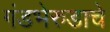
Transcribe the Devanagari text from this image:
गंडभेरुडाचे